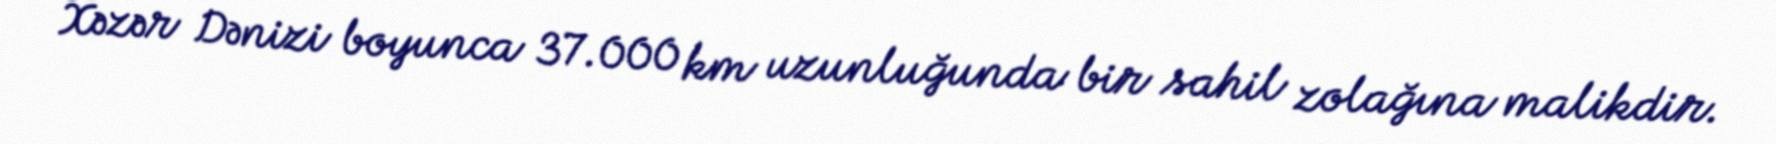
Xəzər Dənizi boyunca 37.000 km uzunluğunda bir sahil zolağına malikdir.